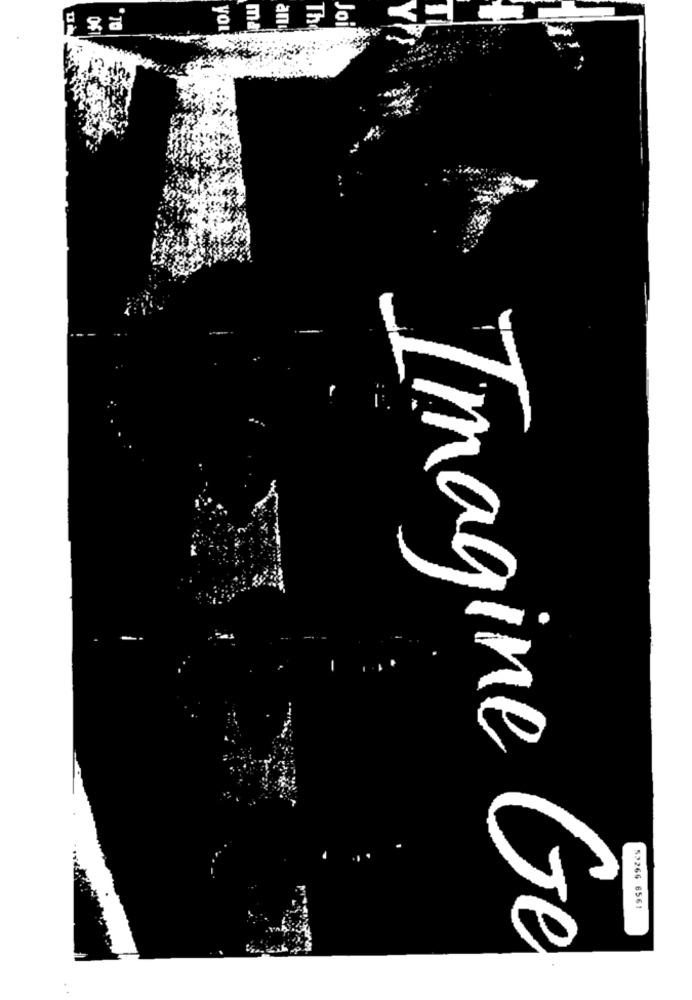
an
The
Joil
you
ma
Imagine
52266 6561
Ge